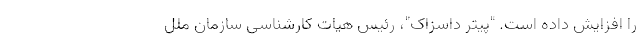
را افزایش داده است. "پیتر داسزاک"، رئیس هیات کارشناسی سازمان ملل